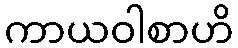
ကာယဝါစာဟိ